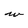
Character: w